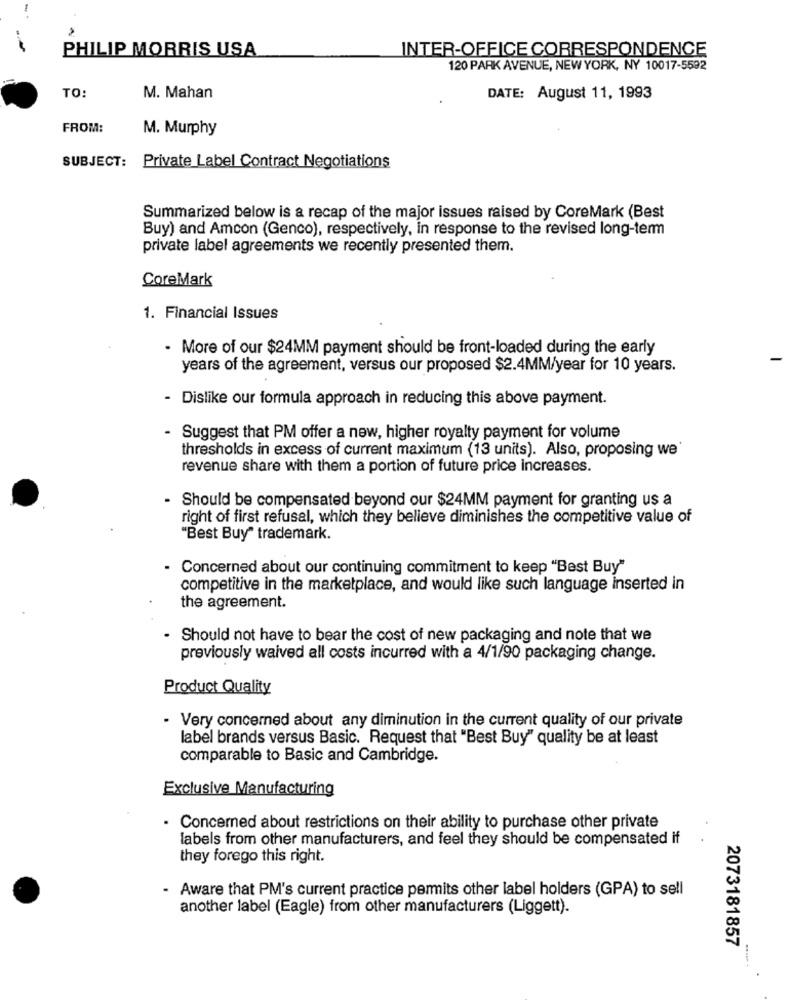
PHILIP MORRIS USA
INTER-OFFICE CORRESPONDENCE
120 PARK AVENUE, NEW YORK, NY 10017-5592
M. Mahan
TO
DATE: August 11, 1993
FROM:
M. Murphy
SUBJECT: Private Label Contract Negotiations
Summarized below is a recap of the major issues raised by CoreMark (Best
Buy) and Amcon (Genco), respectively, in response to the revised long-term
private label agreements we recently presented them.
CoreMark
1. Financial Issues
- More of our $24MM payment should be front-loaded during the early
years of the agreement, versus our proposed $2.4MM/year for 10 years.
- Dislike our formula approach in reducing this above payment.
Suggest that PM offer a new, higher royalty payment for volume
thresholds in excess of current maximum (13 units). Also, proposing we
revenue share with them a portion of future price increases.
Should be compensated beyond our $24MM payment for granting us a
right of first refusal, which they believe diminishes the competitive value of
"Best Buy" trademark.
. Concerned about our continuing commitment to keep "Best Buy"
competitive in the marketplace, and would like such language inserted in
the agreement.
- Should not have to bear the cost of new packaging and note that we
previously waived all costs incurred with a 4/1/90 packaging change.
Product Quality
- Very concerned about any diminution in the current quality of our private
label brands versus Basic. Request that "Best Buy" quality be at least
comparable to Basic and Cambridge.
Exclusive Manufacturing
. Concerned about restrictions on their ability to purchase other private
labels from other manufacturers, and feel they should be compensated if
they forego this right.
-Aware that PM's current practice permits other label holders (GPA) to sell
another label (Eagle) from other manufacturers (Liggett).
2073181857